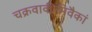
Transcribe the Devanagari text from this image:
चक्रवाकीमिवैकां